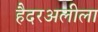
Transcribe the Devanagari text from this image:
हैदरअलीला